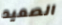
الصعيد